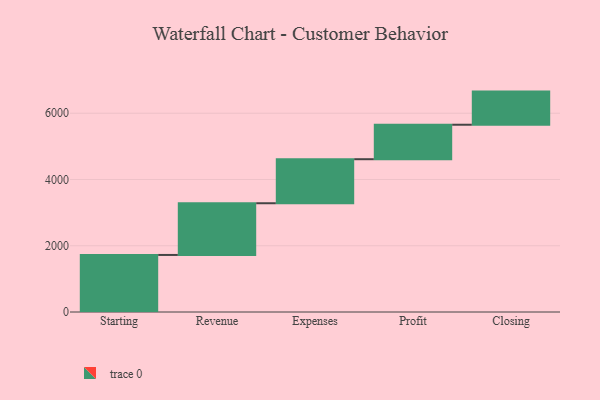
{"axis": {"x": "Step", "y": "Value"}, "legend": [""], "data": [{"x": "Starting", "y": 1722.0, "type": ""}, {"x": "Revenue", "y": 1561.0, "type": ""}, {"x": "Expenses", "y": 1329.0, "type": ""}, {"x": "Profit", "y": 1041.0, "type": ""}, {"x": "Closing", "y": 1000, "type": ""}]}